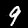
Label: 9